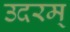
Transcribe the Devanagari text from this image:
उदरम्‌